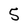
Character: 5